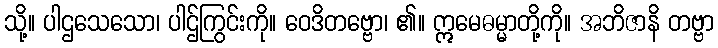
သို့။ ပါဌသေသော၊ ပါဌ်ကြွင်းကို။ ဝေဒိတဗ္ဗော၊ ၏။ ဣမေဓမ္မာတို့ကို။ အဘိဇာနိ တဗ္ဗာ